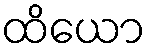
ထိယော